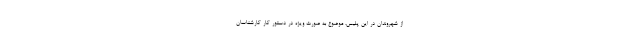
از شهروندان در این پلیس، موضوع به صورت ویژه در دستور کار کارشناسان